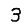
Digit: 3